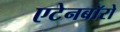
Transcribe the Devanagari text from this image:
एटेनबॉरो